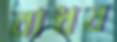
বাধব